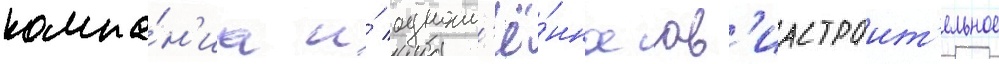
компа́н'иа и́ одноим'ё́нное ав'иастроит'ельное